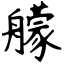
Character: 艨